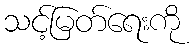
သင့်မြတ်ရေးကို